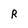
Character: R